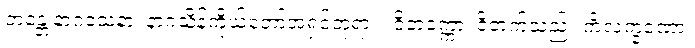
ဘန္တေ နာဂသေနာ၊ နာဂသိန်ကိုယ်တော်အရှင်ဘုရား။ ဝိတက္ကော၊ ဝိတက်သည်။ ကိံလက္ခဏော၊